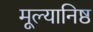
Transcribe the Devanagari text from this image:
मूल्यानिष्ठ